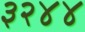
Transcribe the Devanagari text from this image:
३२४४